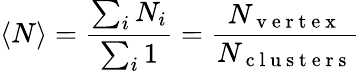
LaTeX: \left\langle N\right\rangle=\frac{\sum_{i}N_{i}}{\sum_{i}1}=\frac{N_{\mathrm{~v~e~r~t~e~x~}}}{N_{\mathrm{~c~l~u~s~t~e~r~s~}}}